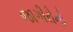
જાગીરોનો